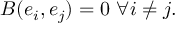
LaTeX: B ( e _ { i } , e _ { j } ) = 0 \ \forall i \neq j .